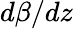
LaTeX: d\beta/dz